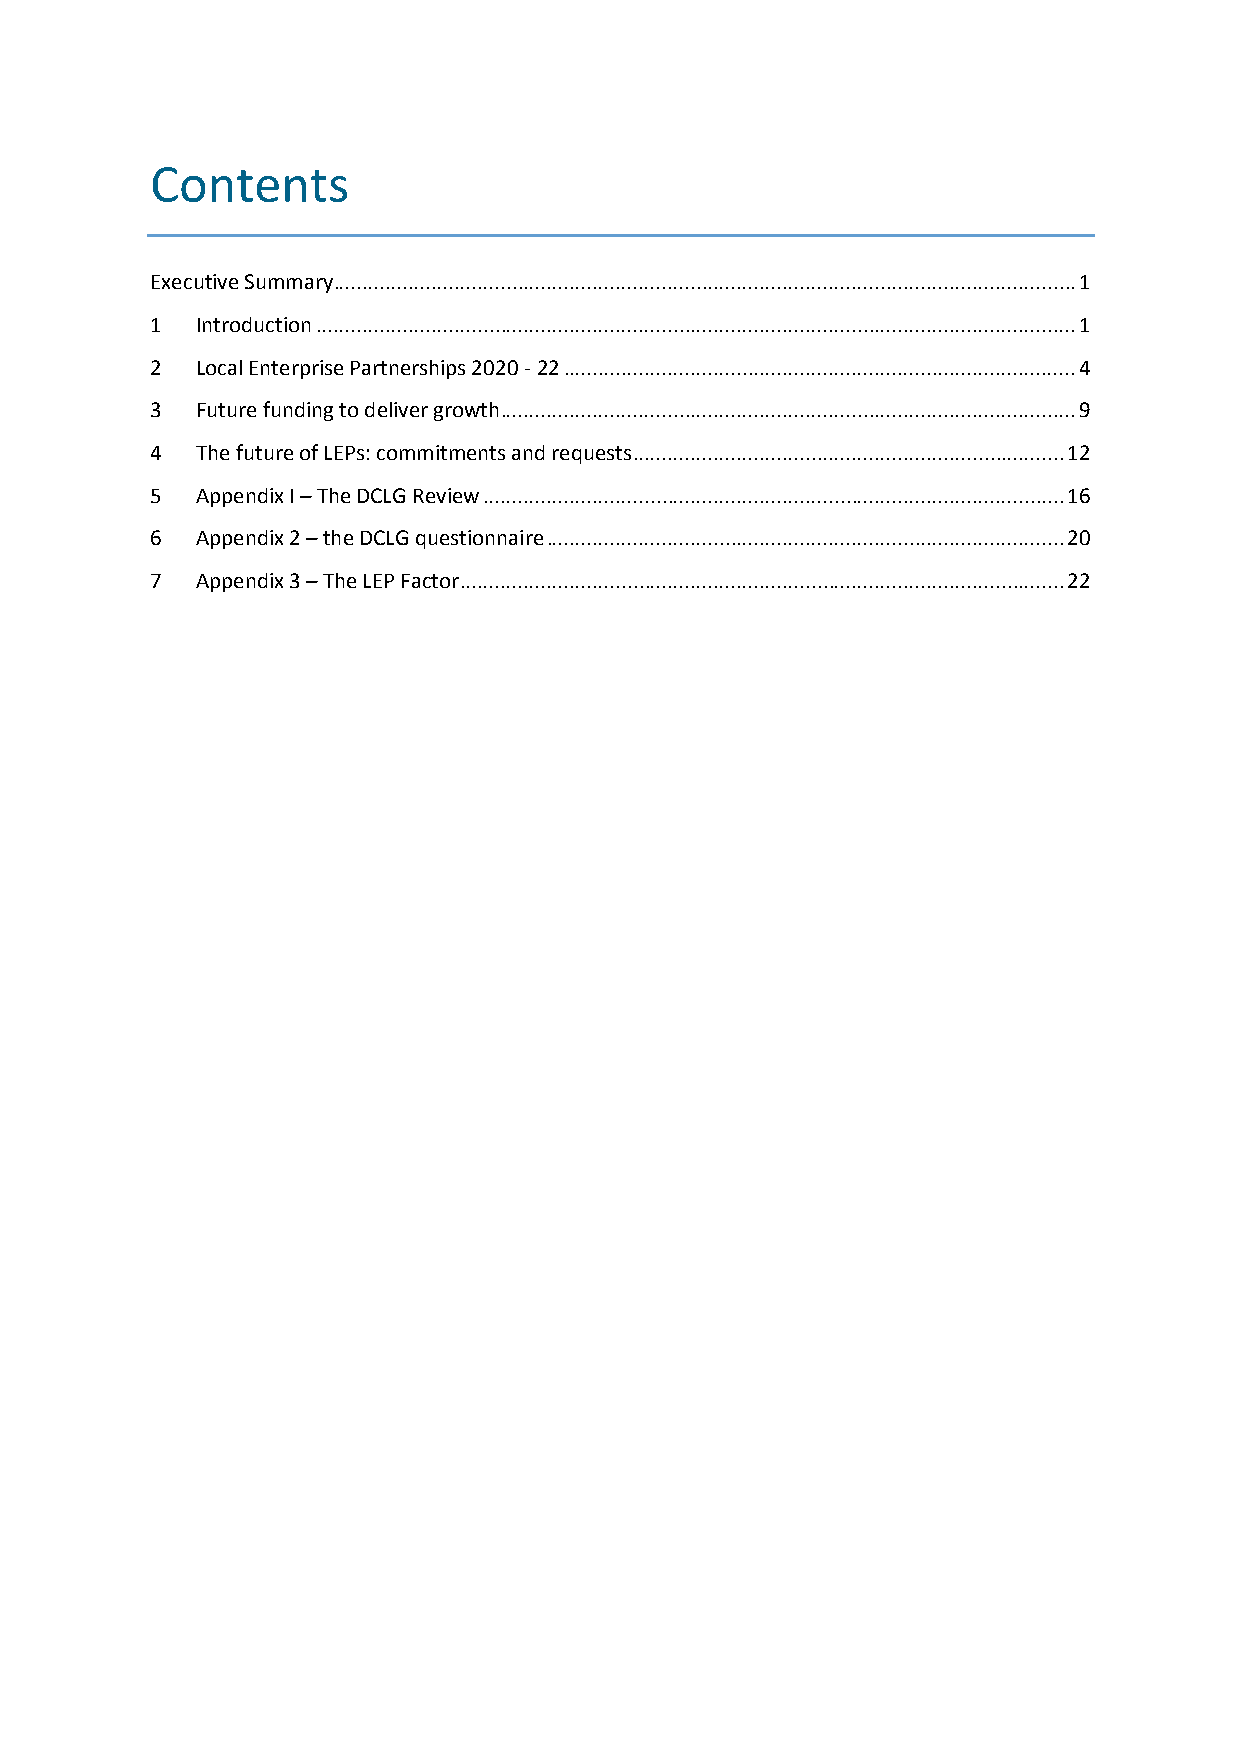
Contents
 Executive Summary ................................................................................................................................. 1
 1  Introduction .................................................................................................................................... 1
 2  Local Enterprise Partnerships 2020 - 22 ......................................................................................... 4
 3  Future funding to deliver growth .................................................................................................... 9
 4  The future of LEPs: commitments and requests ........................................................................... 12
 5  Appendix I – The DCLG Review ..................................................................................................... 16
 6  Appendix 2 – the DCLG questionnaire .......................................................................................... 20
 7  Appendix 3 – The LEP Factor ......................................................................................................... 22